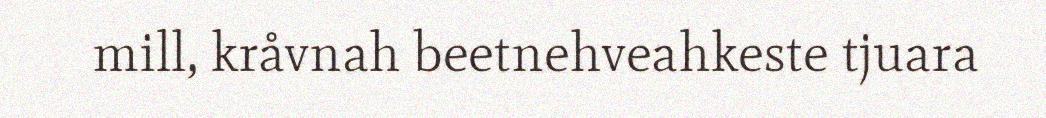
mill, kråvnah beetnehveahkeste tjuara